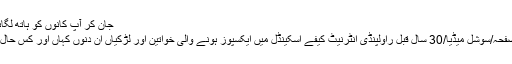
جان کر آپ کانوں کو ہاتھ لگائیں گے »
مرکزی صفحہ/سوشل میڈیا/30 سال قبل راولپنڈی انٹرنیٹ کیفے اسکینڈل میں ایکسپوز ہونے والی خواتین اور لڑکیاں ان دنوں کہاں اور کس حال میں ہیں ؟